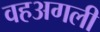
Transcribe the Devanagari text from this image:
वहअगली